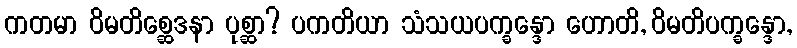
ကတမာ ဝိမတိစ္ဆေဒနာ ပုစ္ဆာ? ပကတိယာ သံသယပက္ခန္ဒော ဟောတိ, ဝိမတိပက္ခန္ဒော,